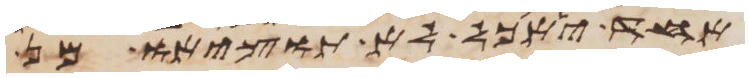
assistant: אחד יאכל לא תוציאו מן